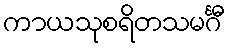
ကာယသုစရိတသမင်္ဂီ